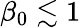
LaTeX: \beta_{0}\lesssim 1